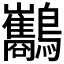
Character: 𪈥